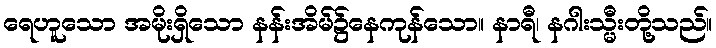
ရေဟူသော အမိုးရှိသော နန်းအိမ်၌နေကုန်သော။ နာရီ၊ နဂါးသ္မီးတို့သည်။